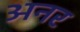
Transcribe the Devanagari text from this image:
अनर